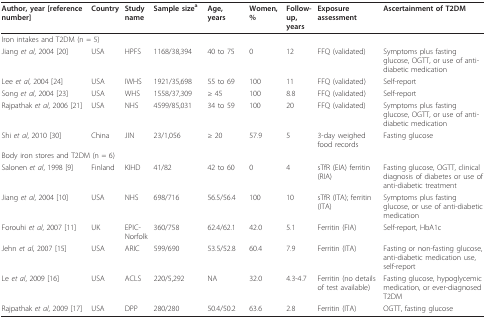
<table><thead><tr><td><b>Author, year [reference number]</b></td><td><b>Country</b></td><td><b>Study name</b></td><td><b>Sample size<sup>a</sup></b></td><td><b>Age, years</b></td><td><b>Women, %</b></td><td><b>Follow-up, years</b></td><td><b>Exposure assessment</b></td><td><b>Ascertainment of T2DM</b></td></tr></thead><tbody><tr><td colspan="4">Iron intakes and T2DM (n = 5)</td><td></td><td></td><td></td><td></td><td></td></tr><tr><td>Jiang <i>et al</i>, 2004 [20]</td><td>USA</td><td>HPFS</td><td>1168/38,394</td><td>40 to 75</td><td>0</td><td>12</td><td>FFQ (validated)</td><td>Symptoms plus fasting glucose, OGTT, or use of anti-diabetic medication</td></tr><tr><td>Lee <i>et al</i>, 2004 [24]</td><td>USA</td><td>IWHS</td><td>1921/35,698</td><td>55 to 69</td><td>100</td><td>11</td><td>FFQ (validated)</td><td>Self-report</td></tr><tr><td>Song <i>et al</i>, 2004 [23]</td><td>USA</td><td>WHS</td><td>1558/37,309</td><td>≥ 45</td><td>100</td><td>8.8</td><td>FFQ (validated)</td><td>Self-report</td></tr><tr><td>Rajpathak <i>et al</i>, 2006 [21]</td><td>USA</td><td>NHS</td><td>4599/85,031</td><td>34 to 59</td><td>100</td><td>20</td><td>FFQ (validated)</td><td>Symptoms plus fasting glucose, OGTT, or use of anti-diabetic medication</td></tr><tr><td>Shi <i>et al</i>, 2010 [30]</td><td>China</td><td>JIN</td><td>23/1,056</td><td>≥ 20</td><td>57.9</td><td>5</td><td>3-day weighed food records</td><td>Fasting glucose</td></tr><tr><td colspan="4">Body iron stores and T2DM (n = 6)</td><td></td><td></td><td></td><td></td><td></td></tr><tr><td>Salonen <i>et al</i>, 1998 [9]</td><td>Finland</td><td>KIHD</td><td>41/82</td><td>42 to 60</td><td>0</td><td>4</td><td>sTfR (EIA) ferritin (RIA)</td><td>Fasting glucose, OGTT, clinical diagnosis of diabetes or use of anti-diabetic treatment</td></tr><tr><td>Jiang <i>et al</i>, 2004 [10]</td><td>USA</td><td>NHS</td><td>698/716</td><td>56.5/56.4</td><td>100</td><td>10</td><td>sTfR (ITA); ferritin (ITA)</td><td>Symptoms plus fasting glucose, or use of anti-diabetic medication</td></tr><tr><td>Forouhi <i>et al</i>, 2007 [11]</td><td>UK</td><td>EPIC-Norfolk</td><td>360/758</td><td>62.4/62.1</td><td>42.0</td><td>5.1</td><td>Ferritin (FIA)</td><td>Self-report, HbA1c</td></tr><tr><td>Jehn <i>et al</i>, 2007 [15]</td><td>USA</td><td>ARIC</td><td>599/690</td><td>53.5/52.8</td><td>60.4</td><td>7.9</td><td>Ferritin (ITA)</td><td>Fasting or non-fasting glucose, anti-diabetic medication use, self-report</td></tr><tr><td>Le <i>et al</i>, 2009 [16]</td><td>USA</td><td>ACLS</td><td>220/5,292</td><td>NA</td><td>32.0</td><td>4.3-4.7</td><td>Ferritin (no details of test available)</td><td>Fasting glucose, hypoglycemic medication, or ever-diagnosed T2DM</td></tr><tr><td>Rajpathak <i>et al</i>, 2009 [17]</td><td>USA</td><td>DPP</td><td>280/280</td><td>50.4/50.2</td><td>63.6</td><td>2.8</td><td>Ferritin (ITA)</td><td>OGTT, fasting glucose</td></tr></tbody></table>